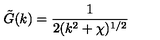
\tilde { G } ( k ) = { \frac { 1 } { 2 ( k ^ { 2 } + \chi ) ^ { 1 / 2 } } }